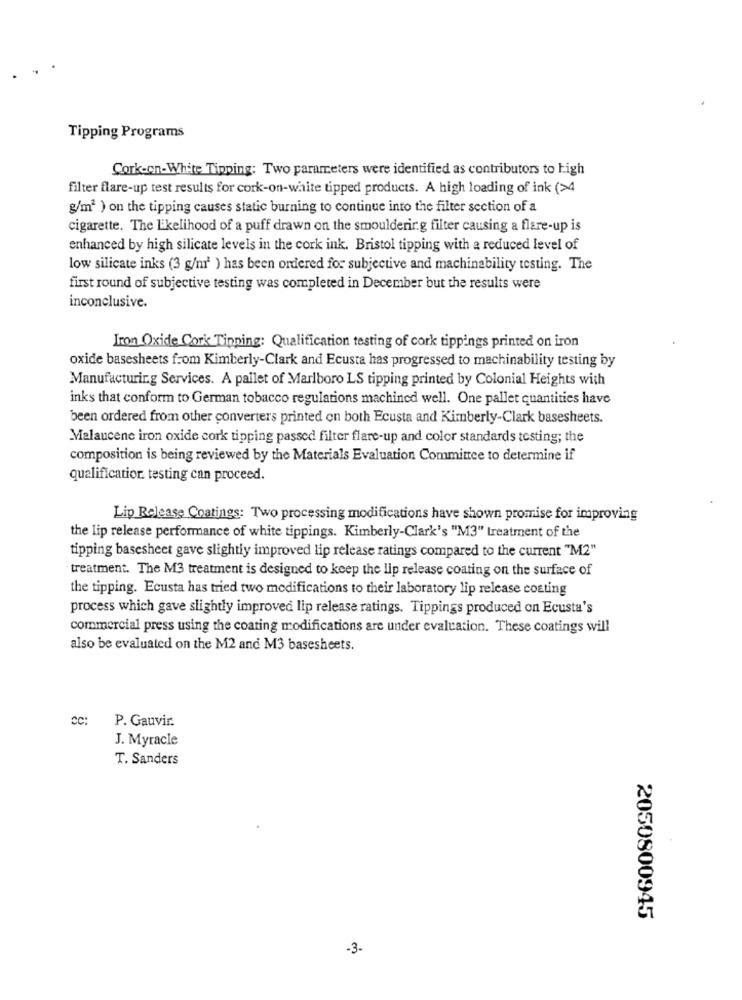
Tipping Programs
Cork-on-White Tipping: Two parameters were identified as contributors to high
filter flare-up test results for cork-on-white tipped products. A high loading of ink (>4
g/m2 ) on the tipping causes static burning to continue into the filter section of a
cigarette. The Likelihood of a puff drawn on the smoulderir.g filter causing a flare-up is
enhanced by high silicate levels in the cork ink. Bristol tipping with a reduced level of
low silicate inks (3 g/m2 ) has been ordered for subjective and machinability testing. The
first round of subjective testing was completed in December but the results were
inconclusive.
Iron Oxide Cork Tipping: Qualification testing of cork tippings printed on iron
oxide basesheets from Kimberly-Clark and Ecusta has progressed to machinability testing by
Manufacturing Services. A pallet of Marlboro LS tipping printed by Colonial Heights with
inks that conform to German tobacco regulations machined well. One pallet quantities have
been ordered from other converters printed on both Ecusta and Kimberly-Clark basesheets.
Malaucene iron oxide cork tipping passed filter flare-up and color standards testing; the
composition is being reviewed by the Materials Evaluation Committee to determine if
qualification testing can proceed.
Lip Release Coatings: Two processing modifications have shown promise for improving
the lip release performance of white tippings. Kimberly-Clark's "M3" treatment of the
tipping basesheet gave slightly improved lip release ratings compared to the current "M2"
treatment. The M3 treatment is designed to keep the lip release coating on the surface of
the tipping. Ecusta has tried two modifications to their laboratory lip release costing
process which gave slightly improved lip release ratings. Tippings produced on Ecusta's
commercial press using the coating modifications are under evaluation. These coatings will
also be evaluated on the M2 and M3 basesheets.
CC:
P. Gauvir.
J. Myracle
T. Sanders
2050800945
-3.